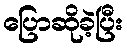
ပြောဆိုခဲ့ပြီး